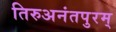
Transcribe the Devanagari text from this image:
तिरुअनंतपुरम्